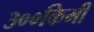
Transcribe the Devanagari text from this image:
३००किमी